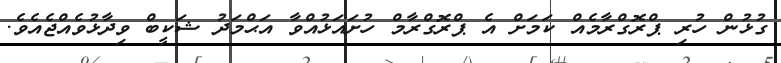
ގުޅުން ހުރި ޕްރޮގްރާމެއް ކަމަށް އެ ޕްރޮގްރާމް ހުށައަޅުއްވާ އަޙްމަދު ޝަކީބް ވިދާޅުވެއްޖެއެވެ.